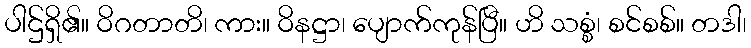
ပါဌ်ရှိ၏။ ဝိဂတာတိ၊ ကား။ ဝိနဋ္ဌာ၊ ပျောက်ကုန်ပြီ။ ဟိ သစ္စံ၊ စင်စစ်။ တဒါ၊